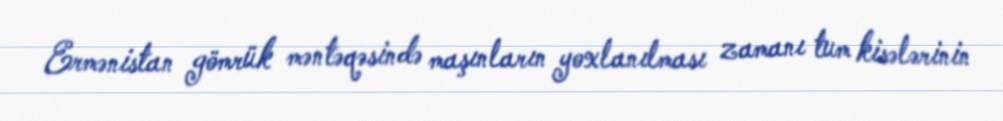
Ermənistan gömrük məntəqəsində maşınların yoxlanılması zamanı tum kisələrinin